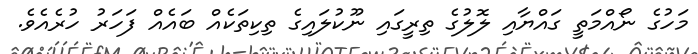
މަހުގެ ނޯއްމަތީ ގައްޔާއި ލޮލުގެ ތިރީގައި ނޫކުލައިގެ ތިކިތަކެއް ބައެއް ފަހަރު ހުރެއެވެ.